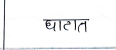
मजकूर: घाटात